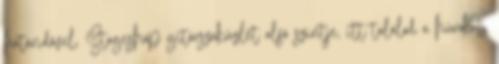
határidővel. Stageshop gitárszaküzlet alsó szintje, itt találod a húrokat,